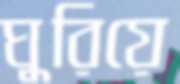
ঘুরিয়ে